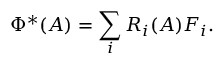
\; \Phi ^ { * } ( A ) = \sum _ { i } R _ { i } ( A ) F _ { i } .